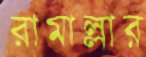
রামাল্লার